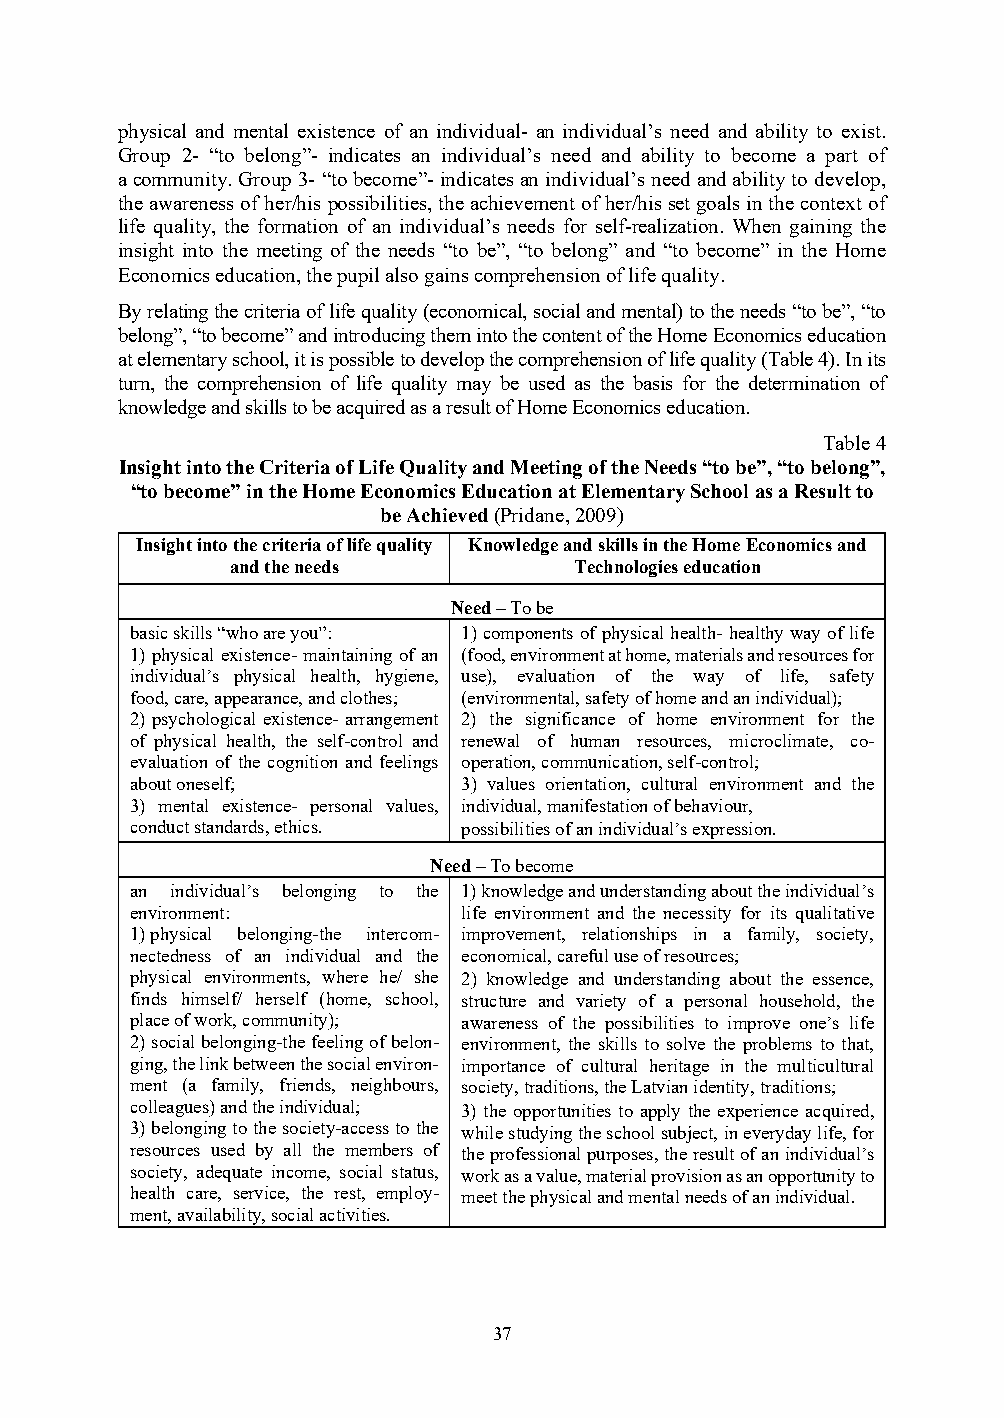
physical and mental existence of an individual- an individual’s need and ability to exist.
 Group 2- “to belong”- indicates an individual’s need and ability to become a part of
 a community. Group 3- “to become”- indicates an individual’s need and ability to develop,
 the awareness of her/his possibilities, the achievement of her/his set goals in the context of
 life quality, the formation of an individual’s needs for self-realization. When gaining the
 insight into the meeting of the needs “to be”, “to belong” and “to become” in the Home
 Economics education, the pupil also gains comprehension of life quality.
 By relating the criteria of life quality (economical, social and mental) to the needs “to be”, “to
 belong”, “to become” and introducing them into the content of the Home Economics education
 at elementary school, it is possible to develop the comprehension of life quality (Table 4). In its
 turn, the comprehension of life quality may be used as the basis for the determination of
 knowledge and skills to be acquired as a result of Home Economics education.
 Table 4
 Insight into the Criteria of Life Quality and Meeting of the Needs “to be”, “to belong”,
 “to become” in the Home Economics Education at Elementary School as a Result to
 be Achieved (Pridane, 2009)
 Insight into the criteria of life quality Knowledge and skills in the Home Economics and
 and the needs          Technologies education
 Need – To be
 basic skills “who are you”: 1) components of physical health- healthy way of life
 1) physical existence- maintaining of an (food, environment at home, materials and resources for
 individual’s physical health, hygiene, use), evaluation of the way of life, safety
 food, care, appearance, and clothes; (environmental, safety of home and an individual);
 2) psychological existence- arrangement 2) the significance of home environment for the
 of physical health, the self-control and renewal of human resources, microclimate, co-
 evaluation of the cognition and feelings operation, communication, self-control;
 about oneself;        3) values orientation, cultural environment and the
 3) mental existence- personal values, individual, manifestation of behaviour,
 conduct standards, ethics. possibilities of an individual’s expression.
 Need – To become
 an individual’s belonging to the 1) knowledge and understanding about the individual’s
 environment:          life environment and the necessity for its qualitative
 1) physical belonging-the intercom- improvement, relationships in a family, society,
 nectedness of an individual and the economical, careful use of resources;
 physical environments, where he/ she 2) knowledge and understanding about the essence,
 finds himself/ herself (home, school, structure and variety of a personal household, the
 place of work, community); awareness of the possibilities to improve one’s life
 2) social belonging-the feeling of belon- environment, the skills to solve the problems to that,
 ging, the link between the social environ- importance of cultural heritage in the multicultural
 ment (a family, friends, neighbours, society, traditions, the Latvian identity, traditions;
 colleagues) and the individual; 3) the opportunities to apply the experience acquired,
 3) belonging to the society-access to the while studying the school subject, in everyday life, for
 resources used by all the members of the professional purposes, the result of an individual’s
 society, adequate income, social status, work as a value, material provision as an opportunity to
 health care, service, the rest, employ- meet the physical and mental needs of an individual.
 ment, availability, social activities.
 37